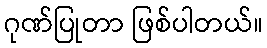
ဂုဏ်ပြုတာ ဖြစ်ပါတယ်။